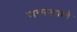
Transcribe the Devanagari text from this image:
जन्मल्याने